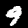
Label: 9